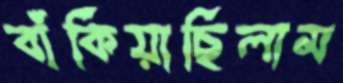
বাঁকিয়াছিলাম